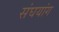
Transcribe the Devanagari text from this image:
संघयांग